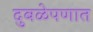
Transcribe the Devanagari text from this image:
दुबळेपणात